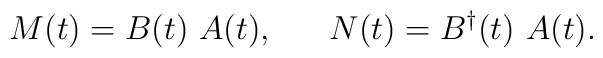
M(t)=B(t)~ A(t),~~~~~N(t)=B^\dag(t)~ A(t).